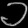
Digit: ၁